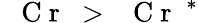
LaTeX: \mathrm{~\textit~{~C~r~}~}{}>\mathrm{~\textit~{~C~r~}~}^{*}